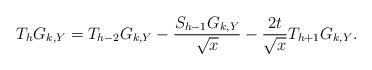
LaTeX: \begin{align*}T_{h}G_{k,Y} =T_{h-2} G_{k,Y} - \frac{S_{h-1} G_{k,Y}}{\sqrt{x}} - \frac{2t}{\sqrt{x}} T_{h+1} G_{k,Y}.\end{align*}